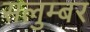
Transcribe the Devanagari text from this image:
सलुम्‍बर